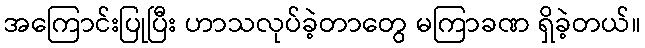
အကြောင်းပြုပြီး ဟာသလုပ်ခဲ့တာတွေ မကြာခဏ ရှိခဲ့တယ်။